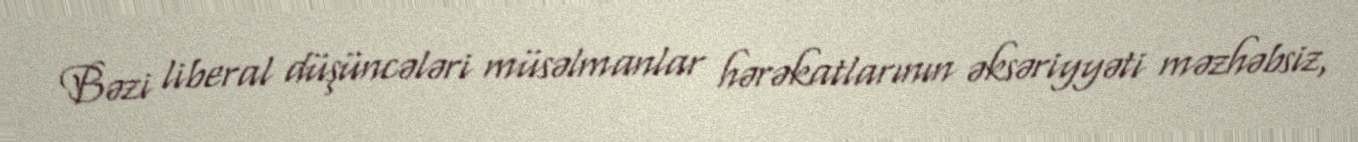
Bəzi liberal düşüncələri müsəlmanlar hərəkatlarının əksəriyyəti məzhəbsiz,